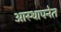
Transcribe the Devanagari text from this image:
आस्थापनेत